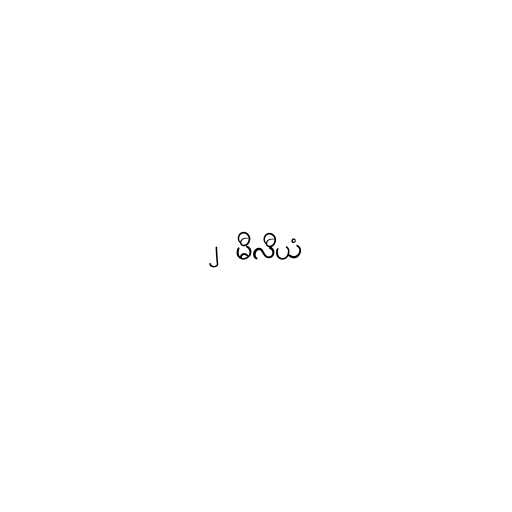
၂ မီလီယံ